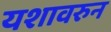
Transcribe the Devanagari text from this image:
यशावरुन